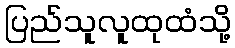
ပြည်သူလူထုထံသို့